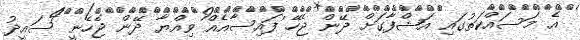
އެ މަސައްކަތުގައި އަޝްފާގަށް ދޭން ޖެހޭ ފައިސާއެއް ވިއްޔާ ދޭން ޖެހެނީ ސައީދު